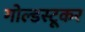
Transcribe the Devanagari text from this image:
गोल्डस्टूकर